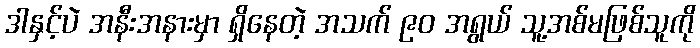
ဒါနှင့်ပဲ အနီးအနားမှာ ရှိနေတဲ့ အသက် ၉၀ အရွယ် သူ့အစ်မဖြစ်သူကို